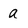
Character: a